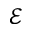
\mathcal { E }